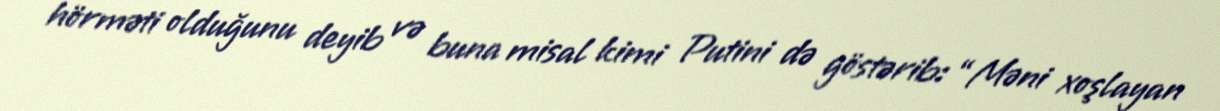
hörməti olduğunu deyib və buna misal kimi Putini də göstərib: “Məni xoşlayan